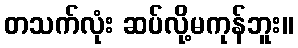
တသက်လုံး ဆပ်လို့မကုန်ဘူး။